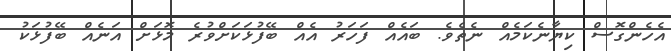
އެހެންގޮސް ކިޔާނެކަމެއް ނެތެވެ. ބައެއް ފަހަރު އެއް ބޭފުޅަކަށްވުރެ މޮޅަށް އަނެއް ބޭފުޅަކު